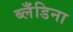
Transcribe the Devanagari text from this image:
ब्लँडिना